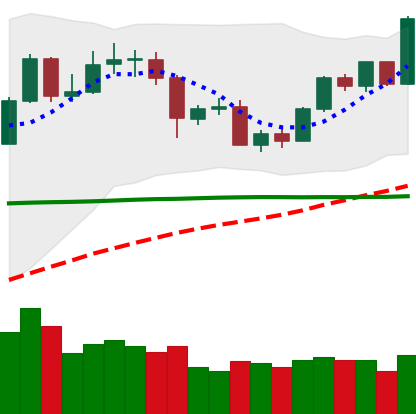
Ticker: BTC-USD
Chart end date: 2020-06-01
Forward return: -5.051%
Label: down_5_7